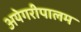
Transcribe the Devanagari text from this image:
अयेगरीपालम